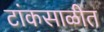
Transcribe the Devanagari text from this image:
टांकसाळीत